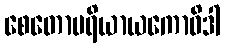
စေတောပရိယာယကောဝိဒါ